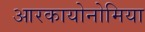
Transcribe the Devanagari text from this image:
आरकायोनोमिया